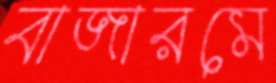
বাজারমে